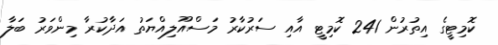
ކޮމިޓީގެ އިތުރުން 241 ކޮމިޓީ އާއި ސަރުކާރު މަސްއޫލިއްޔަތު އަދާކުރާ މިންވަރު ބަލާ